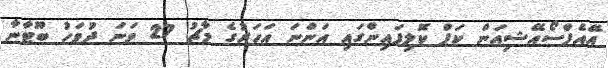
އޭއެފްސޯއޭޝިއަން ކަޕް ކޮލިފައިންގައި އަންނަ އަހަރުގެ މާޗު 27 ވަނަ ދުވަހު ބޫޓާނާ